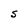
Character: S